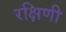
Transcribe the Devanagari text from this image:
रक्षिणी